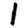
Digit: 1